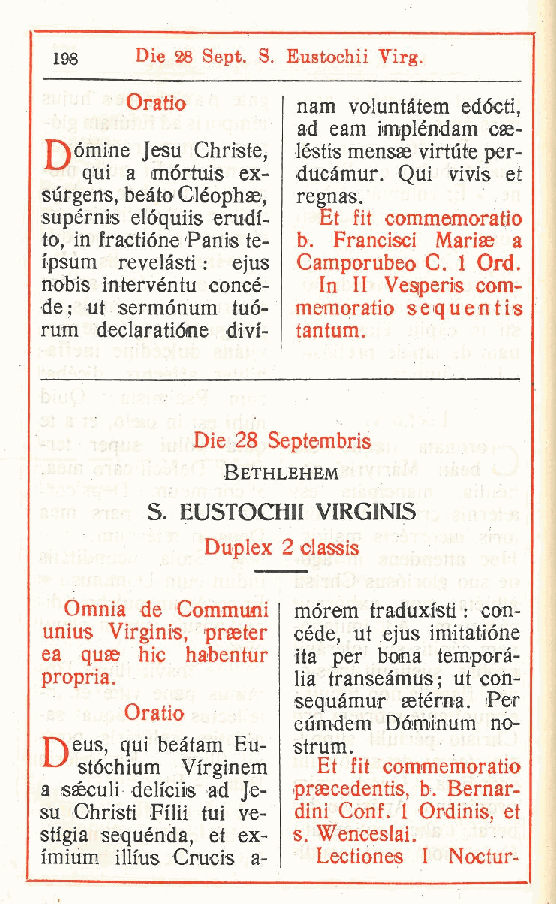
198  Die 28 Sept. S. Eustochii Virg.
 Oratio      nam voluntàtem edócti
 ,
 ad eam impléndam cae-
 T") ornine Jesu Christe, léstis mensae virtilte per-
 qui a mórtuis ex- ducàmur. Qui vivis et
 sùrgens, beàto Cléophae
 regnas.
 ,
 supérnis el6quiis erudi- Et fit commemoratio
 to, in fractióne Panis te- b Francisci Mariae a
 .
 fpsum revelàsti : ejus Camporubeo C. 1 Ord.
 nobis intervéntu concè- In II Vespeis com-
 de; ut sermónum tuó- memoratio sequentis
 rum declaratióne divi- tantum.
 Die 28 Septembris
 Bethlehem
 S EUSTOCHII VIRGINIS
 .
 Duplex 2 classis
 Omnia de Communi mórem traduxisti : con-
 unius Virginis praeter cède, ut ejus imitatióne
 ,
 ea quse hic habentur ita per bona temporà-
 propria.        lia transeàmus ; ut con-
 sequàmur aetérna. Per
 Oratio
 eùmdem Dóminum no-
 pveus, qui beàtam Eu- strum.
 stóchium Vfrginem Et fit commemoratio
 a sseculi deliciis ad Je- praecedentis, b. Bernar-
 su Christi Filii tui ve- dini Conf. 1 Ordinis, et
 stigia sequénda et ex- s Wenceslai.
 ,      .
 imium illius Crucis a- Lectiones I Noctur-
 r